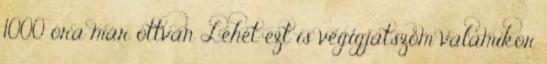
1000 óra már ottvan Lehet ezt is végigjátszom valamikor